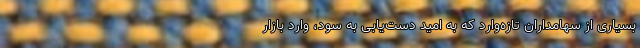
بسیاری از سهامداران تازه‌وارد که به امید دست‌یابی به سود، وارد بازار